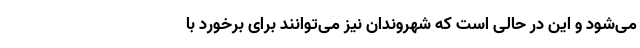
می‌شود و این در حالی است که شهروندان نیز می‌توانند برای برخورد با